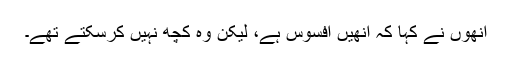
اُنھوں نے کہا کہ اُنھیں افسوس ہے، لیکن وہ کچھ نہیں کرسکتے تھے۔